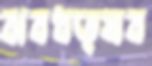
ঝবধত্ষব